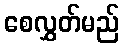
စေလွှတ်မည်